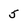
Character: 5